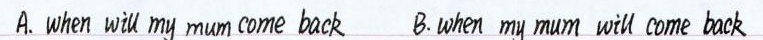
A.when wil my mum come back B.when my mum wiU come back